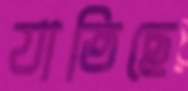
যাতিছে